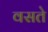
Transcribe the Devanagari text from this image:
वसते